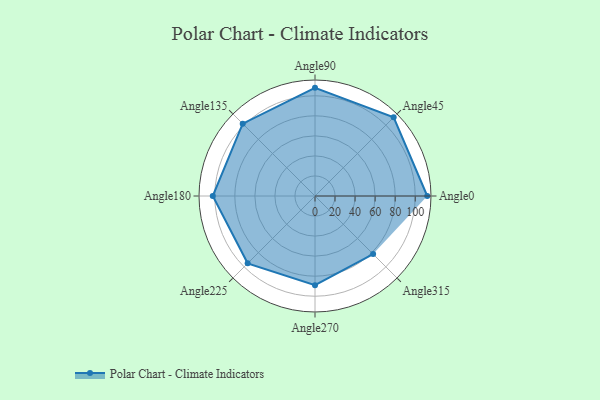
{"axis": {"x": "Angle", "y": "Radius"}, "legend": [""], "data": [{"x": "Angle0", "y": 112.0, "type": ""}, {"x": "Angle45", "y": 111.0, "type": ""}, {"x": "Angle90", "y": 108.0, "type": ""}, {"x": "Angle135", "y": 102.0, "type": ""}, {"x": "Angle180", "y": 102.0, "type": ""}, {"x": "Angle225", "y": 95.0, "type": ""}, {"x": "Angle270", "y": 89.0, "type": ""}, {"x": "Angle315", "y": 82.0, "type": ""}]}